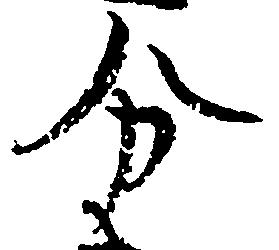
分